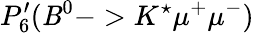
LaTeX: P_{6}^{\prime}(\mathit{B}^{0}->K^{\star}\mu^{+}\mu^{-})